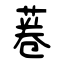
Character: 菤